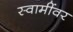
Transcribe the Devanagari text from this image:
स्वामींवर